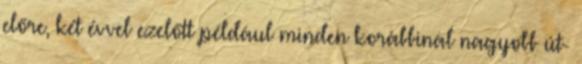
előre, két évvel ezelőtt például minden korábbinál nagyobb út-